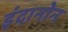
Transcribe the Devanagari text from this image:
इंदानोन